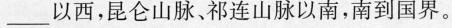
___以西，昆仑山脉、祁连山脉以南，南到国界。